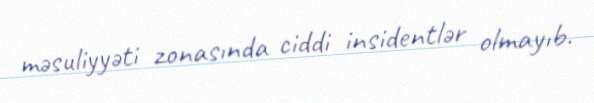
məsuliyyəti zonasında ciddi insidentlər olmayıb.